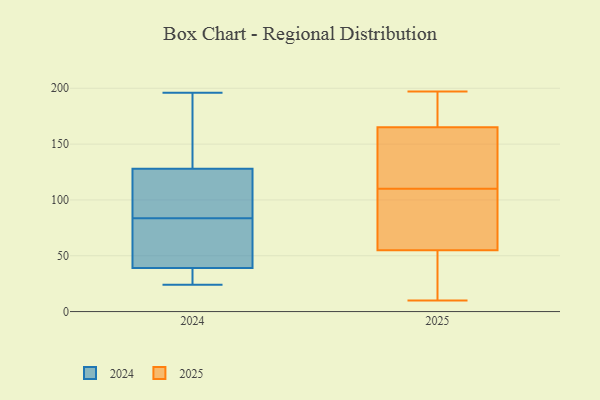
{"axis": {"x": "Waste Production (Tons)", "y": "Value"}, "legend": ["2024", "2025"], "data": [{"x": "", "y": 159, "type": "2025"}, {"x": "", "y": 62, "type": "2025"}, {"x": "", "y": 188, "type": "2025"}, {"x": "", "y": 197, "type": "2025"}, {"x": "", "y": 155, "type": "2025"}, {"x": "", "y": 29, "type": "2025"}, {"x": "", "y": 92, "type": "2025"}, {"x": "", "y": 51, "type": "2025"}, {"x": "", "y": 128, "type": "2025"}, {"x": "", "y": 194, "type": "2025"}, {"x": "", "y": 171, "type": "2025"}, {"x": "", "y": 16, "type": "2025"}, {"x": "", "y": 59, "type": "2025"}, {"x": "", "y": 152, "type": "2025"}, {"x": "", "y": 70, "type": "2025"}, {"x": "", "y": 10, "type": "2025"}, {"x": "", "y": 87, "type": "2024"}, {"x": "", "y": 168, "type": "2024"}, {"x": "", "y": 111, "type": "2024"}, {"x": "", "y": 39, "type": "2024"}, {"x": "", "y": 34, "type": "2024"}, {"x": "", "y": 24, "type": "2024"}, {"x": "", "y": 33, "type": "2024"}, {"x": "", "y": 196, "type": "2024"}, {"x": "", "y": 128, "type": "2024"}, {"x": "", "y": 96, "type": "2024"}, {"x": "", "y": 80, "type": "2024"}, {"x": "", "y": 132, "type": "2024"}, {"x": "", "y": 61, "type": "2024"}, {"x": "", "y": 64, "type": "2024"}]}